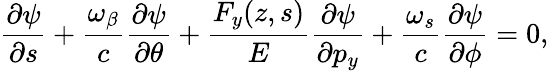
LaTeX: \frac{\partial\psi}{\partial s}+\frac{\omega_{\beta}}{c}\frac{\partial\psi}{\partial\theta}+\frac{F_{y}(z,s)}{E}\frac{\partial\psi}{\partial p_{y}}+\frac{\omega_{s}}{c}\frac{\partial\psi}{\partial\phi}=0,